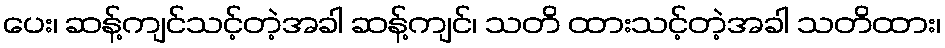
ပေး၊ ဆန့်ကျင်သင့်တဲ့အခါ ဆန့်ကျင်၊ သတိ ထားသင့်တဲ့အခါ သတိထား၊